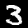
Label: 3